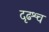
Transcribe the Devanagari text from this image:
दृढश्च